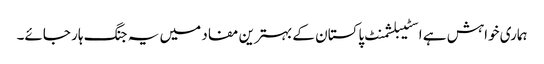
ہماری خواہش ہے اسٹیبلشمنٹ پاکستان کے بہترین مفاد میں یہ جنگ ہار جائے۔